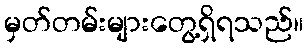
မှတ်တမ်းများတွေ့ရှိရသည်။